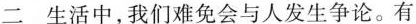
二 生活中，我们难免会与人发生争论。有